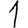
Digit: 1